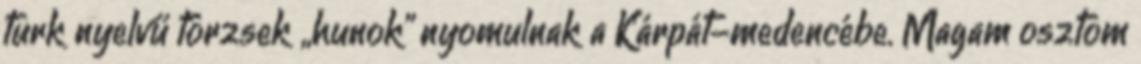
turk nyelvű törzsek „hunok" nyomulnak a Kárpát-medencébe. Magam osztom